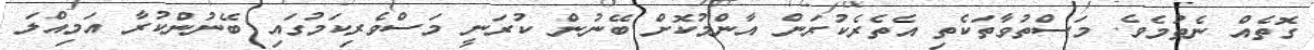
ގޮތެއް ނެތުމެވެ. މަސްތުވާތަކެތި އެތެރެކުރަން އާންމުކޮށް ބޭނުން ކުރަނީ މަސްވެރިކަމުގައި ބޭނުންކުރާ އަމިއްލަ